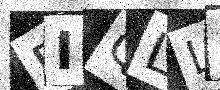
Text: DIQLLE